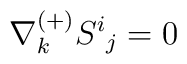
\nabla^{(+)}_{k} S^i{}_{j} = 0